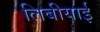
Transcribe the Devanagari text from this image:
लिबीयाई